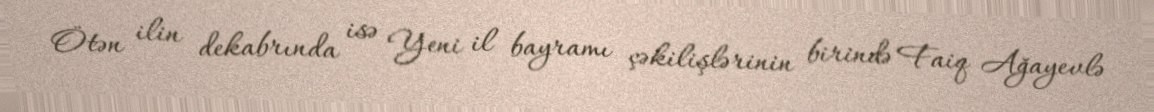
Ötən ilin dekabrında isə Yeni il bayramı çəkilişlərinin birində Faiq Ağayevlə